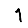
Digit: 1